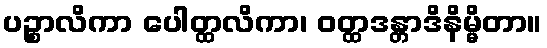
ပဉ္စာလိကာ ပေါတ္ထလိကာ၊ ဝတ္ထဒန္တာဒိနိမ္မိတာ။